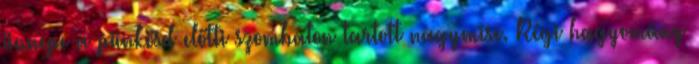
ünnepe a pünkösd előtti szombaton tartott nagymise. Régi hagyomány